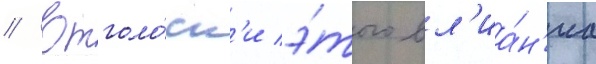
// Отголо́ск'и э́того вл'иа́н'иа